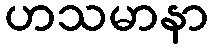
ဟသမာနာ